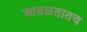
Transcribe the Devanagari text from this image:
आढळतातच